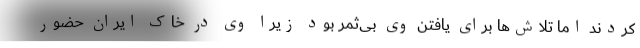
کردند اما تلاش‌ها برای یافتن وی بی‌ثمر بود زیرا وی در خاک ایران حضور